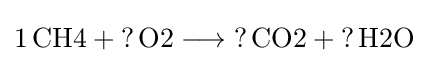
{1\,{\text{CH4}}{}+{}{\mathord {?}}\,{\text{O2}}{}\mathrel {\longrightarrow } {}{\mathord {?}}\,{\text{CO2}}{}+{}{\mathord {?}}\,{\text{H2O}}}